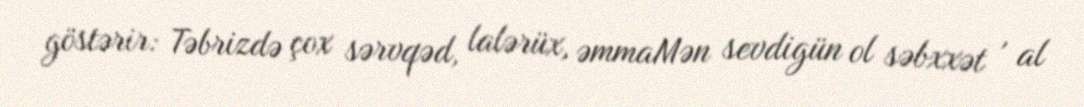
göstərir: Təbrizdə çox sərvqəd, lalərüx, əmmaMən sevdigün ol səbxxət , al